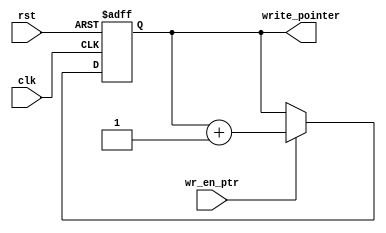
module WRITEPTR #(parameter w_address = 4)(
    input clk,rst,
    input wr_en_ptr,
    // extra bit to detect full / empty states
    output reg [w_address:0] write_pointer
);

always @(posedge clk or negedge rst)begin
    if(!rst) begin
        write_pointer <= 5'd0;
    end
    else if(wr_en_ptr) begin
        write_pointer <= write_pointer + 1;
    end
end
endmodule